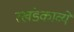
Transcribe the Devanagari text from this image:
रखंडकाव्ये